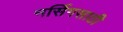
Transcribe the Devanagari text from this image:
नर्सिगसाठी